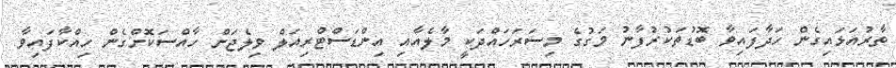
ތާރުއަޅައިގެން ހަދާފައިވާ ބޮޑުތަކުރުފާނު މަގުގެ މިސަރަހައްދަކީ މާލެއާއި އިންޑަސްޓްރިއަލް ވިލެޖަށް ހާއްސަކޮށްގެން ހިއްކާފައިވާ